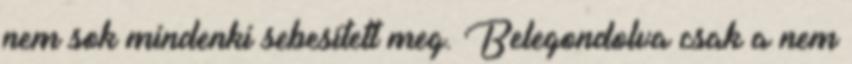
nem sok mindenki sebesített meg. Belegondolva csak a nem